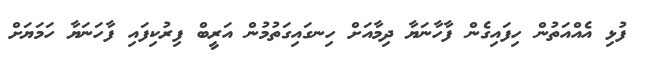
ފުޅި އެއްއަތުން ހިފައިގެން ފާހާނަޔާ ދިމާއަށް ހިނގައިގަތުމުން އަރީބް ފިރުކިފައި ފާހަނަޔާ ހަމަޔަށް